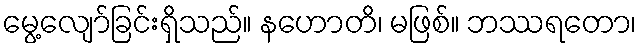
မွေ့လျော်ခြင်းရှိသည်။ နဟောတိ၊ မဖြစ်။ ဘဿရတော၊